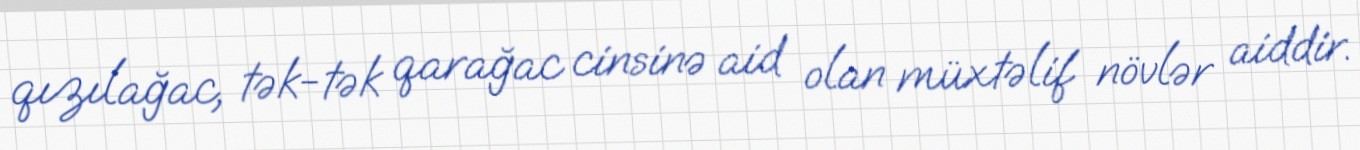
qızılağac, tək-tək qarağac cinsinə aid olan müxtəlif növlər aiddir.